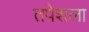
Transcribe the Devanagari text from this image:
तपेशला